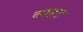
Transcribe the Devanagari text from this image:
बाहट